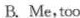
B. Me,too